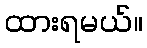
ထားရမယ်။